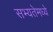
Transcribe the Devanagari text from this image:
सभ्यतेमध्ये